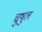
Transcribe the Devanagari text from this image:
चुषुल